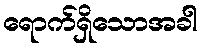
ရောက်ရှိသောအခါ